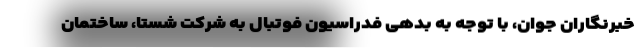
خبرنگاران جوان، با توجه به بدهی فدراسیون فوتبال به شرکت شستا، ساختمان